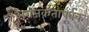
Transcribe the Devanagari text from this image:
अराजकतापूर्वक